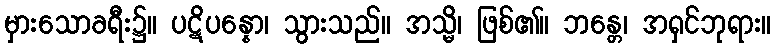
မှားသောခရီး၌။ ပဋိပန္နော၊ သွားသည်။ အသ္မိ၊ ဖြစ်၏။ ဘန္တေ၊ အရှင်ဘုရား။